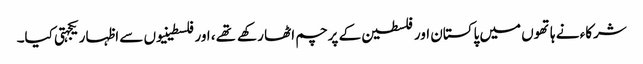
شرکاء نے ہاتھوں میں پاکستان اور فلسطین کے پرچم اٹھا رکهے تهے، اور فلسطینیوں سے اظہار یکجہتی کیا۔